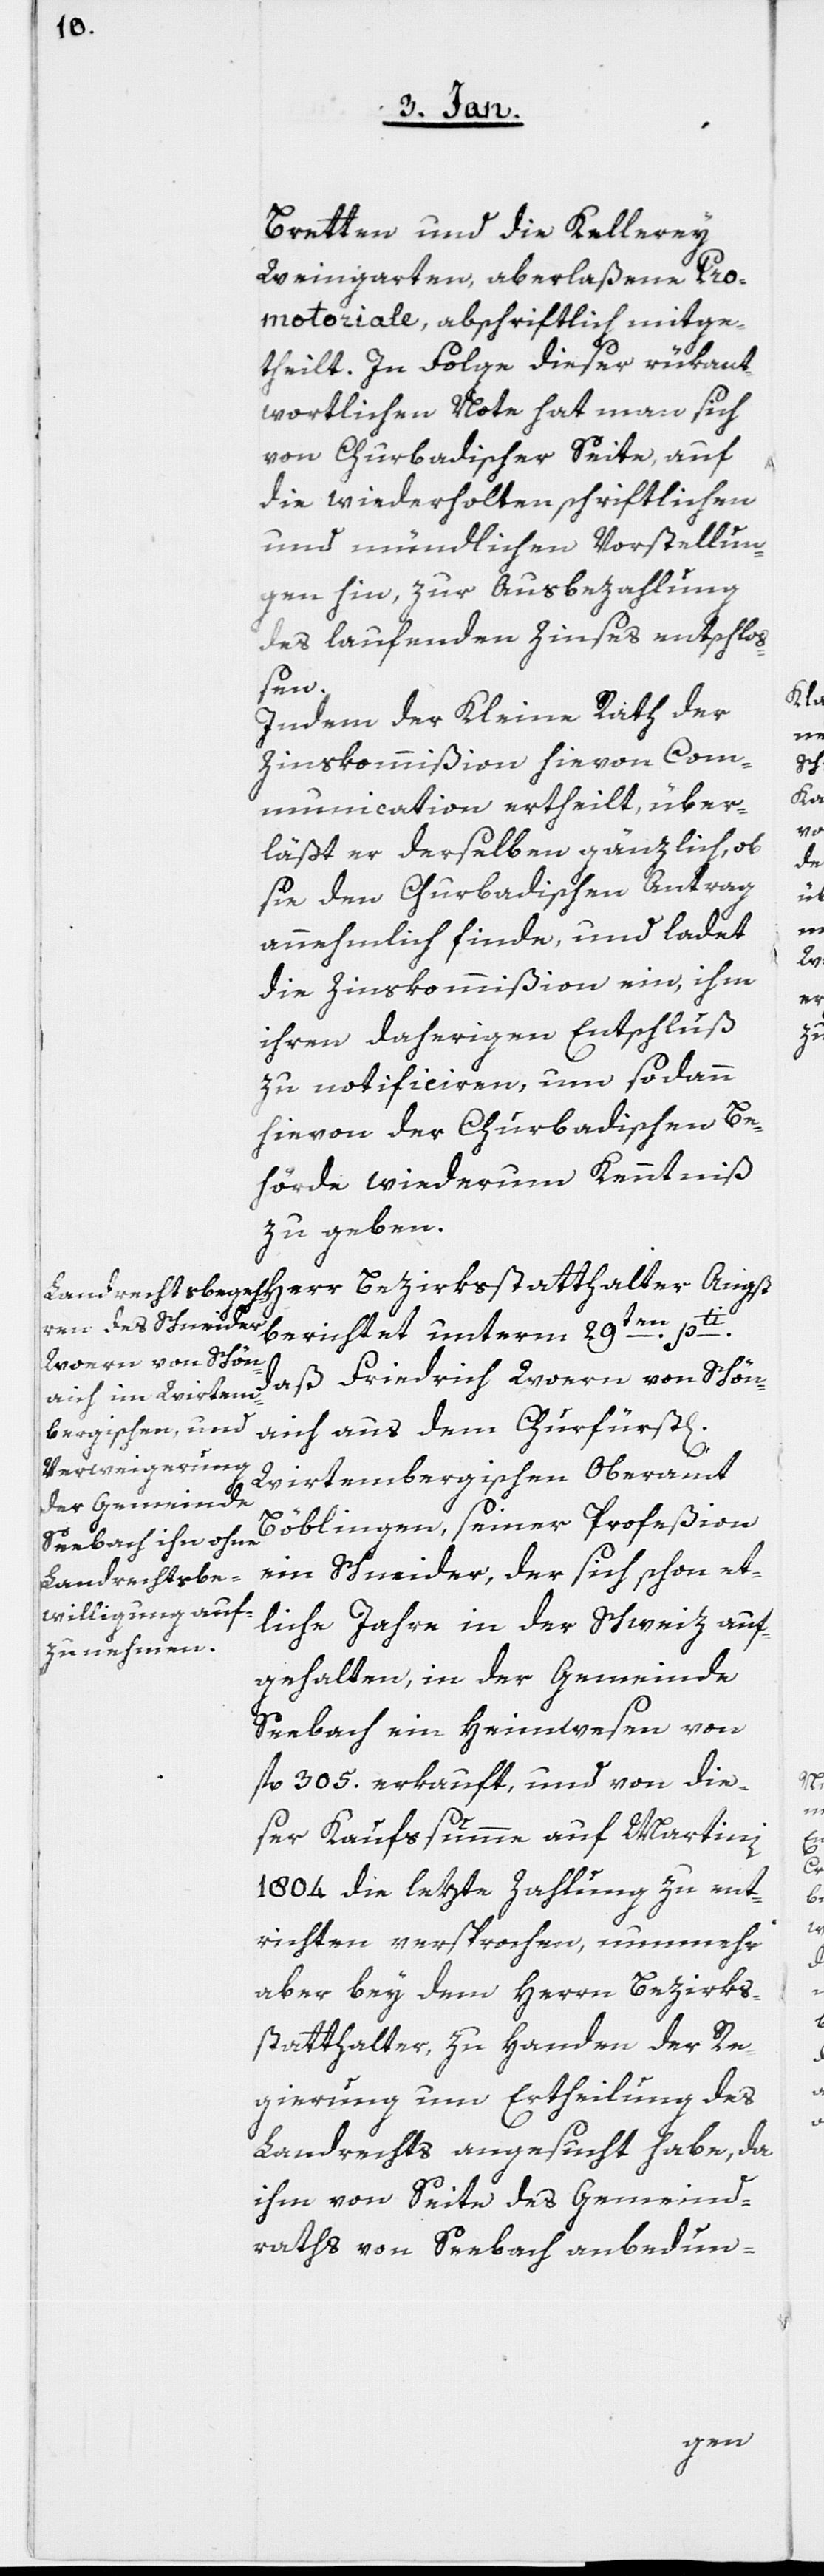
Bretten und die Kellerey
Weingarten, aberlaßene Pro¬
motoriale, abschriftlich mitge¬
theilt. In Folge dieser rükant¬
wortlichen Note hat man sich
von Churbadischer Seite, auf
die wiederholten schriftlichen
und mündlichen Vorstellun¬
gen hin, zur Ausbezahlung
des laufenden Zinses entschloß¬
en.
Indem der Kleine Rath der
Zinskommißion hievon Com¬
munication ertheilt, über¬
läßt er derselben gänzlich, ob
sie den Churbadischen Antrag
annehmlich finde, und ladet
die Zinskommißion ein, ihm
ihren daherigen Entschluß
zu notificiren, um sodann
hievon der Churbadischen Be¬
hörde wiederum Kenntniß
zu geben.
berichtet unterm 29sten. pti.,
daß Friedrich Woern von Schön¬
aich aus dem Churfürst[lich]
Wirtembergischen Oberamt
Böblingen, seiner Profeßion
ein Schneider, der sich, schon et¬
liche Jahre in der Schweiz auf¬
gehalten, in der Gemeinde
Seebach ein Heimwesen von
fl. 305. erkauft, und von die¬
ser Kaufsumme auf Martini
1804 die letzte Zahlung zu
richten versprochen, nunmehr
aber bey dem Herrn Bezirks¬
statthalter, zu Handen der Re¬
gierung um Ertheilung des
Landrechts angesucht habe, da
ihm von Seite des Gemeind¬
raths von Seebach anbedun-
ent¬